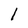
Character: 1